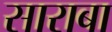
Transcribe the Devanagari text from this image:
साराबा